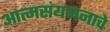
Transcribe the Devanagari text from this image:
आत्मसंयमनाचे